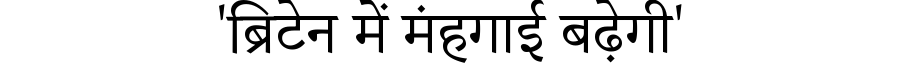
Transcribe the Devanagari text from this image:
'ब्रिटेन में मंहगाई बढ़ेगी'